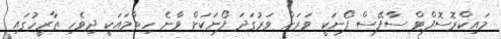
މައިކްރޮސޮފްޓް ސާފޭސް ފޯނަކީ ވަރަށް ވަރުގަދަ ފޯނަކަށް ވާނެ ހިތާމައަކީ ދިވެހި ތާރީހުގައި